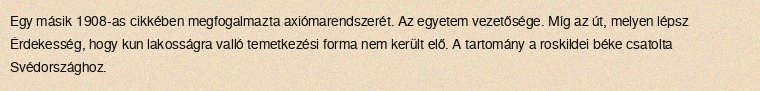
Egy másik 1908-as cikkében megfogalmazta axiómarendszerét. Az egyetem vezetősége. Míg az út, melyen lépsz Érdekesség, hogy kun lakosságra valló temetkezési forma nem került elő. A tartomány a roskildei béke csatolta Svédországhoz.